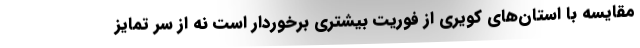
مقایسه با استان‌های کویری از فوریت بیشتری برخوردار است نه از سر تمایز